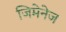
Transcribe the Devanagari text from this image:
जिमेनेज